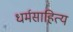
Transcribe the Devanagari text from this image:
धर्मसाहित्य